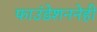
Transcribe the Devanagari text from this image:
फाउंडेशननेही